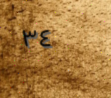
٣٤